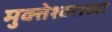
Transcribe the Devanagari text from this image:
मुक्तेश्वराच्या